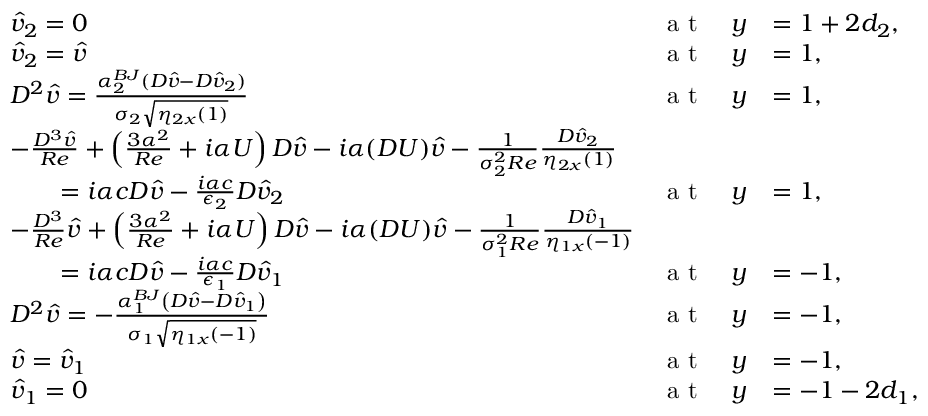
\begin{array} { r l r l } & { \widehat { v } _ { 2 } = 0 \quad } & { \hfill \textnormal { a t } \quad \hfill y } & { = 1 + 2 d _ { 2 } , } \\ & { \widehat { v } _ { 2 } = \widehat { v } \quad } & { \textnormal { a t } \quad y } & { = 1 , } \\ & { D ^ { 2 } \widehat { v } = \frac { \alpha _ { 2 } ^ { B J } ( D \widehat { v } - D \widehat { v } _ { 2 } ) } { \sigma _ { 2 } \sqrt { \eta _ { 2 x } ( 1 ) } } \quad } & { \textnormal { a t } \quad y } & { = 1 , } \\ & { - \frac { D ^ { 3 } \widehat { v } } { R e } + \left( \frac { 3 \alpha ^ { 2 } } { R e } + i \alpha { U } \right) D \widehat { v } - i \alpha ( D { U } ) \widehat { v } - \frac { 1 } { \sigma _ { 2 } ^ { 2 } R e } \frac { D \widehat { v } _ { 2 } } { \eta _ { 2 x } ( 1 ) } } & \\ & { \qquad = i \alpha c D \widehat { v } - \frac { i \alpha c } { \epsilon _ { 2 } } D \widehat { v } _ { 2 } \quad } & { \textnormal { a t } \quad y } & { = 1 , } \\ & { - \frac { D ^ { 3 } } { R e } \widehat { v } + \left( \frac { 3 \alpha ^ { 2 } } { R e } + i \alpha { U } \right) D \widehat { v } - i \alpha ( D { U } ) \widehat { v } - \frac { 1 } { \sigma _ { 1 } ^ { 2 } R e } \frac { D \widehat { v } _ { 1 } } { \eta _ { 1 x } ( - 1 ) } } & \\ & { \qquad = i \alpha c D \widehat { v } - \frac { i \alpha c } { \epsilon _ { 1 } } D \widehat { v } _ { 1 } \quad } & { \textnormal { a t } \quad y } & { = - 1 , } \\ & { D ^ { 2 } \widehat { v } = - \frac { \alpha _ { 1 } ^ { B J } \left( D \widehat { v } - D \widehat { v } _ { 1 } \right) } { \sigma _ { 1 } \sqrt { \eta _ { 1 x } ( - 1 ) } } \quad } & { \textnormal { a t } \quad y } & { = - 1 , } \\ & { \widehat { v } = \widehat { v } _ { 1 } \quad } & { \textnormal { a t } \quad y } & { = - 1 , } \\ & { \widehat { v } _ { 1 } = 0 \quad } & { \textnormal { a t } \quad y } & { = - 1 - 2 d _ { 1 } , } \end{array}